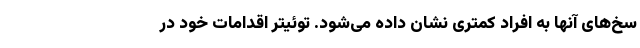
سخ‌های آنها به افراد کمتری نشان داده می‌شود. توئیتر اقدامات خود در